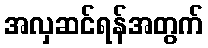
အလှဆင်ရန်အတွက်